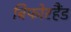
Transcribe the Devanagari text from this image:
बिफोरहैंड